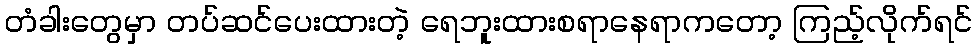
တံခါးတွေမှာ တပ်ဆင်ပေးထားတဲ့ ရေဘူးထားစရာနေရာကတော့ ကြည့်လိုက်ရင်